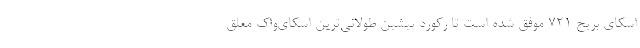
اسکای بریج 721 موفق شده است تا رکورد پیشین طولانی‌ترین اسکای‌واک معلق